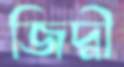
জিদ্নী